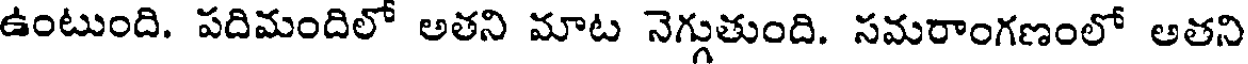
ఉంటుంది. పదిమందిలో అతని మాట నెగ్గుతుంది. సమరాంగణంలో అతని